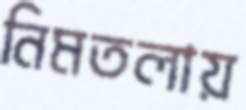
নিমতলায়